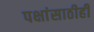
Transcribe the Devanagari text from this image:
पक्षांसाठीही